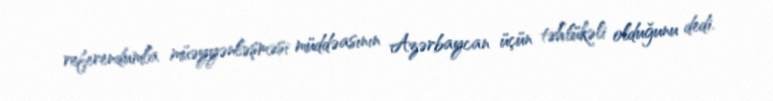
referendumla müəyyənləşməsi müddəasının Azərbaycan üçün təhlükəli olduğunu dedi.